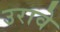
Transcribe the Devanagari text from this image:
उरावे